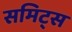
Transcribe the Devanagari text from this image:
समिट्स